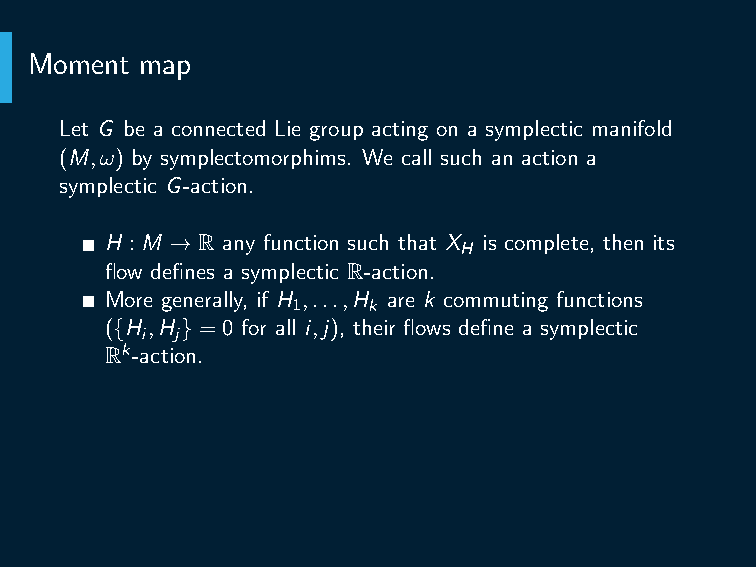
One way to interpret Arnold-Liouville theorem is that we can find
 co-ordinates such that a neighborhood of the fiber Tn, can be
 identified (symplectically) with Tn×B with B ⊂ Rn and the orbits
 of the original system gets identified with Tn×{b}, for b ∈ B. We
 shall next study the case there is a global action of a torus.
 Moment map
 Let G be a connected Lie group acting on a symplectic manifold
 (M,ω) by symplectomorphims. We call such an action a
 symplectic G-action.
 H : M → R any function such that X is complete, then its
 H
 flow defines a symplectic R-action.
 More generally, if H ,...,H are k commuting functions
 1    k
 ({H ,H } = 0 for all i,j), their flows define a symplectic
 i  j
 Rk-action.